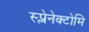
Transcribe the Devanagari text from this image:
स्प्लेनेक्टोमि